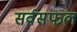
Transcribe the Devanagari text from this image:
सर्वसफल